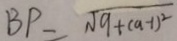
B P = \sqrt { 9 + ( a - 1 ) ^ { 2 } }